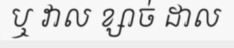
ឬ វាល ខ្សាច់ ដាល